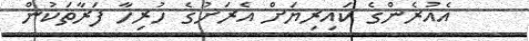
އެއުރެންގެ ކައިރިޔަށް އެރަށުގެ ހުރިހާ ފަރާތަކުން